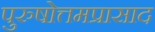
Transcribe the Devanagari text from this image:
पुरुषोत्तमप्रासाद